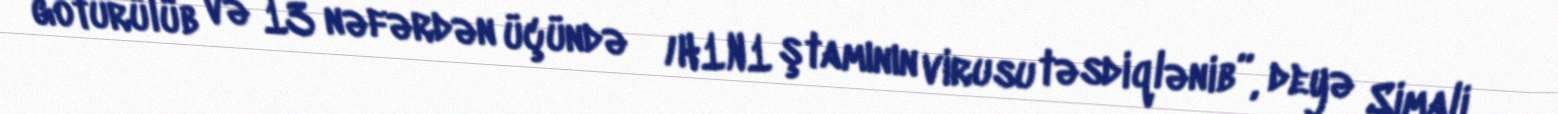
götürülüb və 13 nəfərdən üçündə А/H1N1 ştamının virusu təsdiqlənib”, deyə Şimali